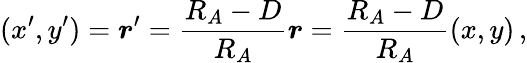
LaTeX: (x^{\prime},y^{\prime})=\boldsymbol r^{\prime}={\frac{R_{A}-D}{R_{A}}}\boldsymbol r={\frac{R_{A}-D}{R_{A}}}(x,y)\, ,